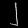
Digit: ၂